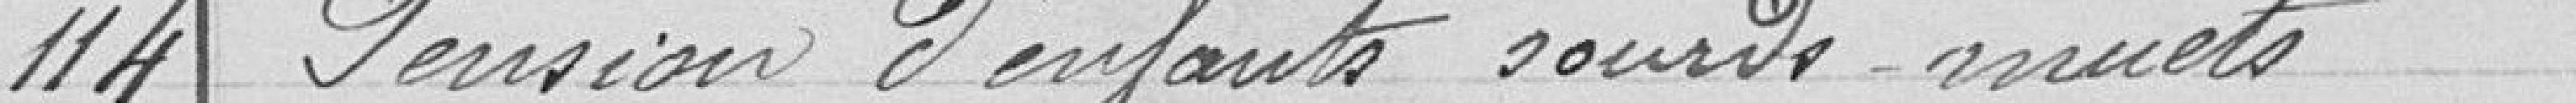
114 Pension d'enfants sourds-muets